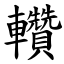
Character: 䡽